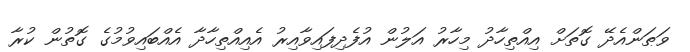
ވަޠަންއެދޭ ގޮތަށް އިއްތިހާދު މިހާރު އަލުން އުފެދިފައިވާއިރު އެއިއްތިހާދާ އެއްބައިވުމުގެ ގޮތުން ކުރާ